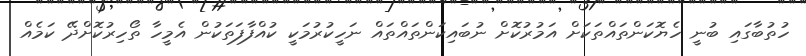
ހުތުބާގައި ބުނީ ހެޔޮކަންތައްތަކަށް އަމުރުކޮށް ނުބައިކަންތައްތައް ނަހީކުރުމަކީ ކުއްފާފަތަކުން އެމީހާ ތޯހިރުކޮށްދޭ ކަމެއް